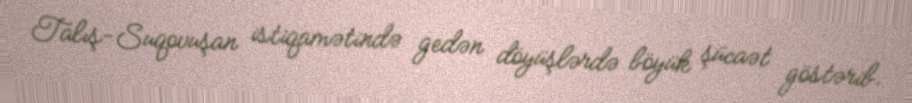
Talış-Suqovuşan istiqamətində gedən döyüşlərdə böyük şücaət göstərib.